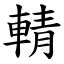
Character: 輤